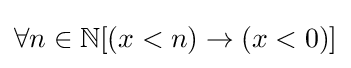
\forall n\in \mathbb {N} [(x<n)\rightarrow (x<0)]